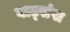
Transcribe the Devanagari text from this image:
वाट्संस